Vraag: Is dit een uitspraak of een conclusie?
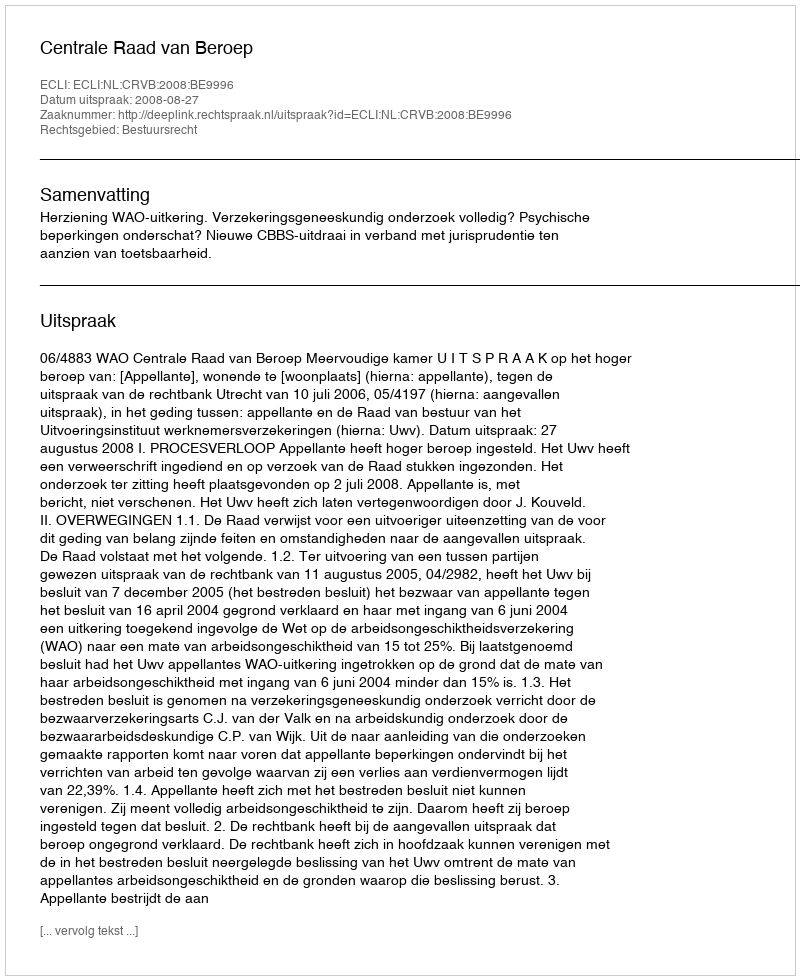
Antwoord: Uitspraak